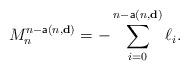
LaTeX: \begin{align*}M_{n}^{n-\mathsf{a}(n,\mathbf{d})}=-\sum_{i=0}^{n-\mathsf{a}(n,\mathbf{d})}\ell_i. \end{align*}